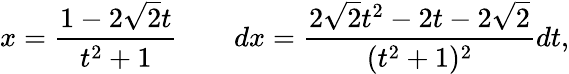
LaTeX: x={\frac{1-2{\sqrt{2}}t}{t^{2}+1}}\qquad dx={\frac{2{\sqrt{2}}t^{2}-2t-2{\sqrt{2}}}{(t^{2}+1)^{2}}}dt,